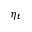
\eta _ { t }